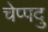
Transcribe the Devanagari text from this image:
चेप्पदु